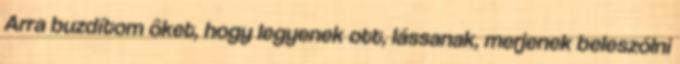
Arra buzdítom ôket, hogy legyenek ott, lássanak, merjenek beleszólni